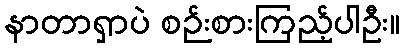
နာတာရှာပဲ စဉ်းစားကြည့်ပါဦး။